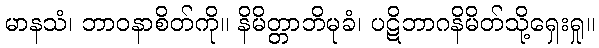
မာနသံ၊ ဘာဝနာစိတ်ကို။ နိမိတ္တာဘိမုခံ၊ ပဋိဘာဂနိမိတ်သို့ရှေးရှု။